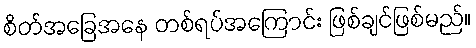
စိတ်အခြေအနေ တစ်ရပ်အကြောင်း ဖြစ်ချင်ဖြစ်မည်။